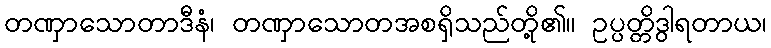
တဏှာသောတာဒီနံ၊ တဏှာသောတအစရှိသည်တို့၏။ ဥပ္ပတ္တိဒွါရတာယ၊